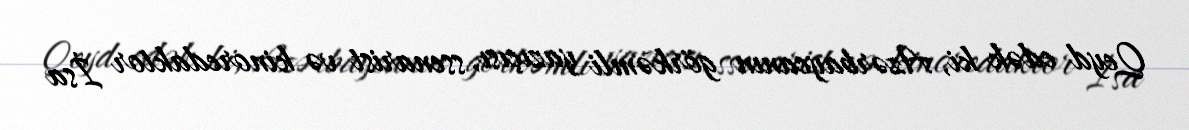
Qeyd edək ki, Azərbaycanın görkəmli yazıçısı, ssenarist və kinoredaktor İsa